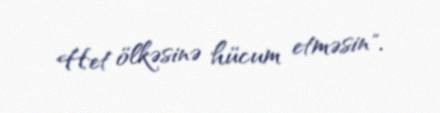
Het ölkəsinə hücum etməsin".